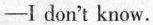
- I don't know.